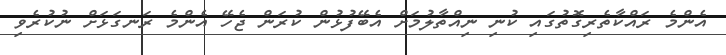
އެންމެ ރައްކާތެރިގޮތުގައި ކުނި ނިއްތާލުމަށް އެބޭފުޅުން ކުރަން ޖެހޭ އެންމެ ރަނގަޅަށް ނުކުރެވި